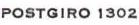
POSTGIRO 1302